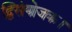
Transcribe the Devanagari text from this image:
द्विसंयोजक।